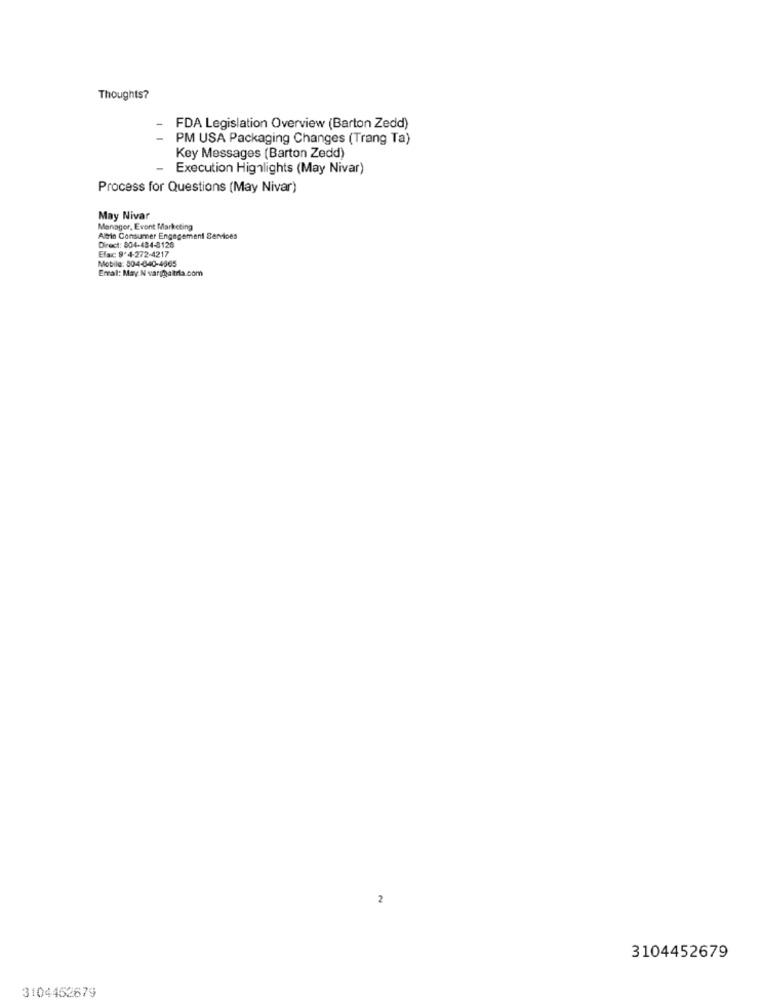
Thoughts?
FDA Legislation Overview (Barton Zedd)
PM USA Packaging Changes (Trang Ta)
Key Messages (Barton Zedd)
Execution Highlights (May Nivar)
Process for Questions (May Nivar)
May Nivar
Manager, Event Marketing
Alin Consumer Engagement Services
Efax: 9'4-272-4217
Direct: 804-484-8126
Email: May: N vargaltria.com
Mobile: 804-640-4565
2
3104452679
3104452679